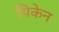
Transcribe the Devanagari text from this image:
पिकेन